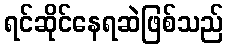
ရင်ဆိုင်နေရဆဲဖြစ်သည်